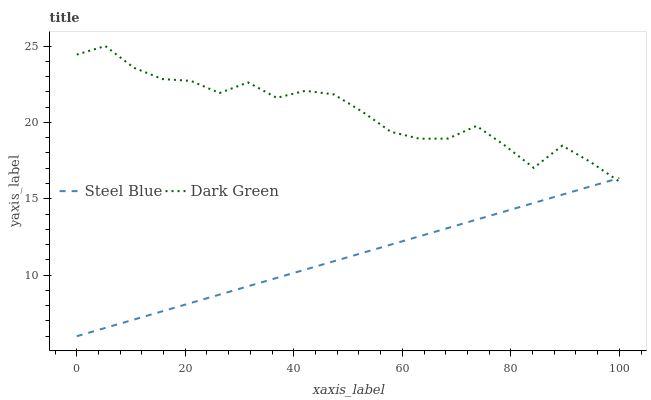
| xaxis_label | Steel Blue | Dark Green |
 | --- | --- | --- |
 | 0 | 6 | 24.4 |
 | 5.26 | 6.55 | 25 |
 | 10.5 | 7.09 | 23.6 |
 | 15.8 | 7.64 | 22.8 |
 | 21.1 | 8.18 | 22.7 |
 | 26.3 | 8.73 | 21.9 |
 | 31.6 | 9.27 | 22.6 |
 | 36.8 | 9.82 | 21.6 |
 | 42.1 | 10.4 | 22.1 |
 | 47.4 | 10.9 | 21.8 |
 | 52.6 | 11.5 | 20.7 |
 | 57.9 | 12 | 19.4 |
 | 63.2 | 12.5 | 18.9 |
 | 68.4 | 13.1 | 18.9 |
 | 73.7 | 13.6 | 19.8 |
 | 78.9 | 14.2 | 18.5 |
 | 84.2 | 14.7 | 17 |
 | 89.5 | 15.3 | 18.5 |
 | 94.7 | 15.8 | 17.4 |
 | 100 | 16.4 | 16.1 |